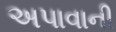
અપાવાની